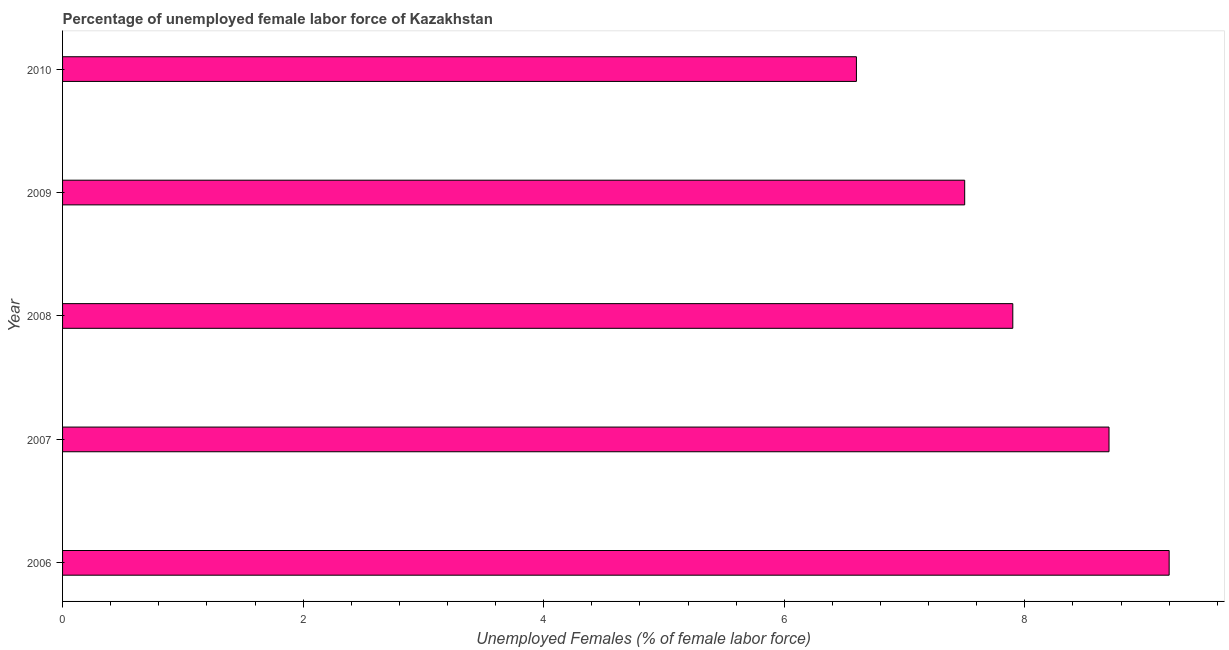
| Year | Unemployment female |
 | --- | --- |
 | 2006 | 9.2 |
 | 2007 | 8.7 |
 | 2008 | 7.9 |
 | 2009 | 7.5 |
 | 2010 | 6.6 |